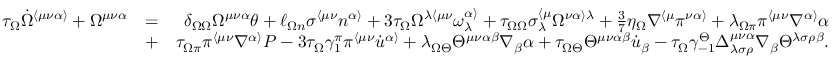
\begin{array} { r l r } { \tau _ { \Omega } \dot { \Omega } ^ { \langle \mu \nu \alpha \rangle } + \Omega ^ { \mu \nu \alpha } } & { = } & { \delta _ { \Omega \Omega } \Omega ^ { \mu \nu \alpha } \theta + \ell _ { \Omega n } \sigma ^ { \langle \mu \nu } n ^ { \alpha \rangle } + 3 \tau _ { \Omega } \Omega ^ { \lambda \langle \mu \nu } \omega ^ { \alpha \rangle } _ { \lambda } + \tau _ { \Omega \Omega } \sigma _ { \lambda } ^ { \langle \mu } \Omega ^ { \nu \alpha \rangle \lambda } + \frac { 3 } { 7 } \eta _ { \Omega } \nabla ^ { \langle \mu } \pi ^ { \nu \alpha \rangle } + \lambda _ { \Omega \pi } \pi ^ { \langle \mu \nu } \nabla ^ { \alpha \rangle } \alpha } \\ & { + } & { \tau _ { \Omega \pi } \pi ^ { \langle \mu \nu } \nabla ^ { \alpha \rangle } P - 3 \tau _ { \Omega } \gamma _ { 1 } ^ { \pi } \pi ^ { \langle \mu \nu } \dot { u } ^ { \alpha \rangle } + \lambda _ { \Omega \Theta } \Theta ^ { \mu \nu \alpha \beta } \nabla _ { \beta } \alpha + \tau _ { \Omega \Theta } \Theta ^ { \mu \nu \alpha \beta } \dot { u } _ { \beta } - \tau _ { \Omega } \gamma _ { - 1 } ^ { \Theta } \Delta _ { \lambda \sigma \rho } ^ { \mu \nu \alpha } \nabla _ { \beta } \Theta ^ { \lambda \sigma \rho \beta } . } \end{array}